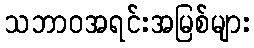
သဘာဝအရင်းအမြစ်များ